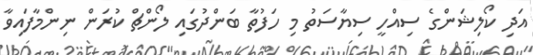
އަދި ކޯލިޝަންގެ ސިއްހީ ސިޔާސަތު މި ހަފުތާ ބަންދުގައި ލޯންޗް ކުރަން ނިންމާފައިވާ